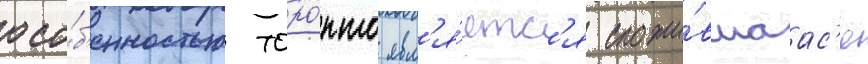
осо́б'енностью торо́нто явл'я́етс'я сложи́вшаас'я